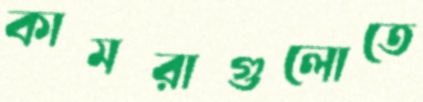
কামরাগুলোতে